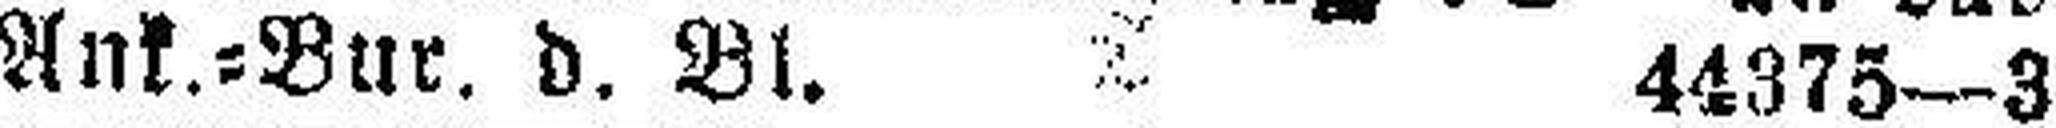
Ank.=Bur. d. Bl. 44375—3